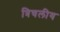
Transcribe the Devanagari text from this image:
त्रिचलीय